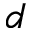
d